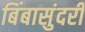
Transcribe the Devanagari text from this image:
बिंबासुंदरी